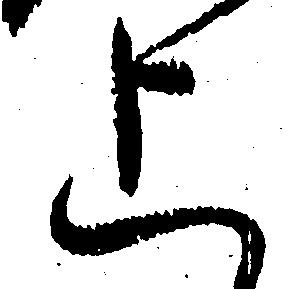
上